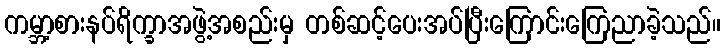
ကမ္ဘာ့စားနပ်ရိက္ခာအဖွဲ့အစည်းမှ တစ်ဆင့်ပေးအပ်ပြီးကြောင်းကြေညာခဲ့သည်။